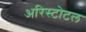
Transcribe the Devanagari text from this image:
अरिस्टोटल